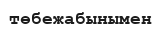
төбежабынымен